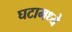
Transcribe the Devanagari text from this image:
घटामध्ये